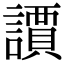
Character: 䜖